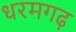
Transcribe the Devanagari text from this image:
धरमगढ़